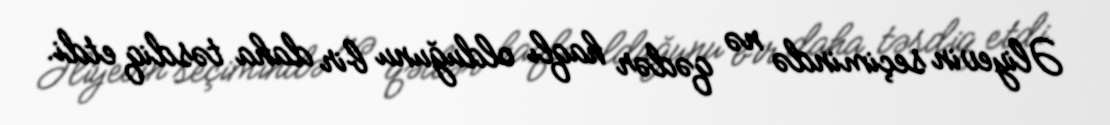
Əliyevin seçimində nə qədər haqlı olduğunu bir daha təsdiq etdi.